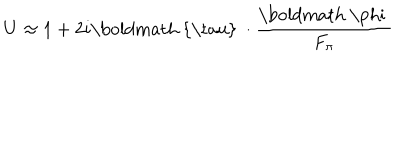
U \approx 1 + 2 i \mathrm { \boldmath ~ { \ t a u } ~ } \cdot \frac { \mathrm { \boldmath ~ \ p h i ~ } } { F _ { \pi } }